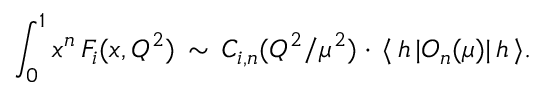
\int _ { 0 } ^ { 1 } x ^ { n } \, { \cal F } _ { i } ( x , Q ^ { 2 } ) \, \sim \, C _ { i , n } ( Q ^ { 2 } / \mu ^ { 2 } ) \cdot \, \langle \, h \, | O _ { n } ( \mu ) | \, h \, \rangle .